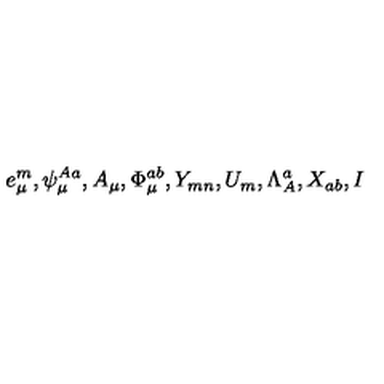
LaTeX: e _ { \mu } ^ { m } , \psi _ { \mu } ^ { A a } , A _ { \mu } , \Phi _ { \mu } ^ { a b } , Y _ { m n } , U _ { m } , \Lambda _ { A } ^ { a } , X _ { a b } , I